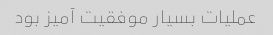
عملیات بسیار موفقیت آمیز بود